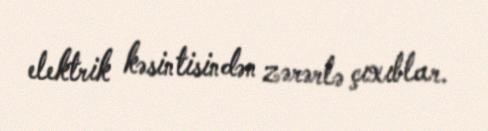
elektrik kəsintisindən zərərlə çıxıblar.